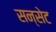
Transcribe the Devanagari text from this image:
सन्सेट